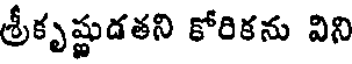
శ్రీకృష్ణుడతని కోరికను విని